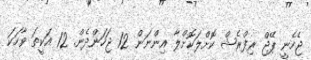
ޖެހެނީ ޕޭޖް ރިފްރެޝް ކޮށްލަކޮށްލާ އިންނަން 12 ޖަހަންދެން. 12 އަކީތަ ވާހަކަ